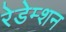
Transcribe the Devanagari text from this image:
रेडेम्शन